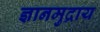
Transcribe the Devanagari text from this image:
ज्ञानमुद्राय